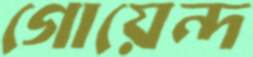
গোয়েন্দ